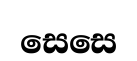
සෙසෙ